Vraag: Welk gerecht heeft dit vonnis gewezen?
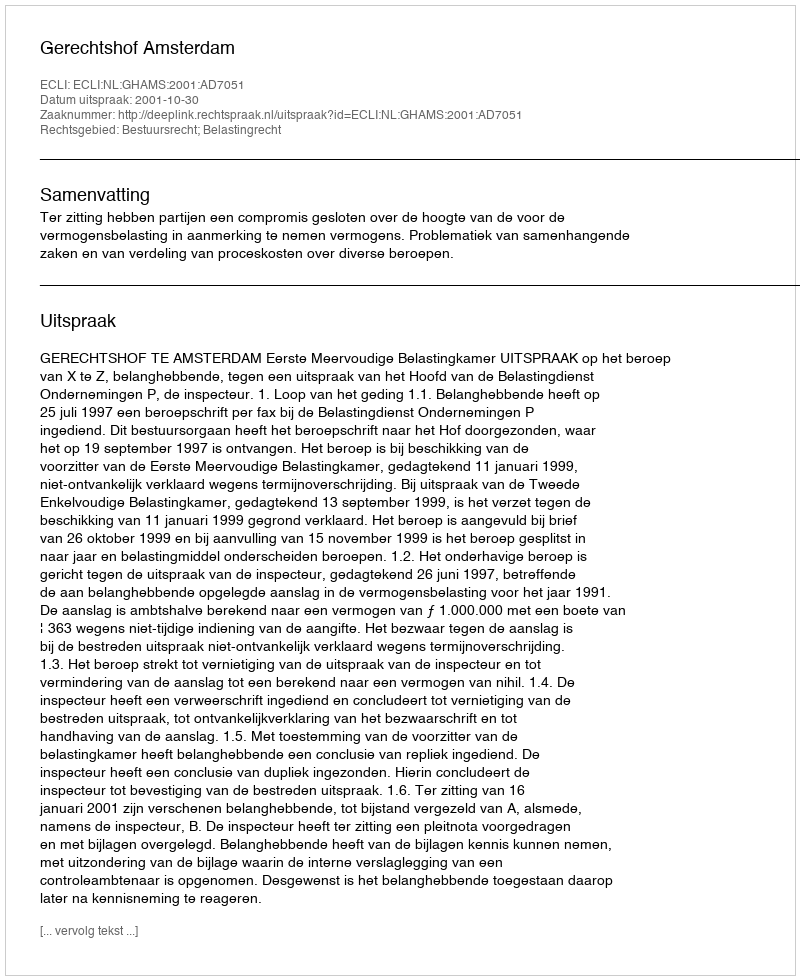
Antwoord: Gerechtshof Amsterdam